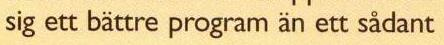
sig ett bättre program än ett sådant